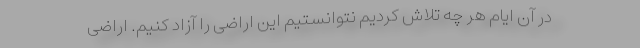
در آن ایام هر چه تلاش کردیم نتوانستیم این اراضی را آزاد کنیم. اراضی